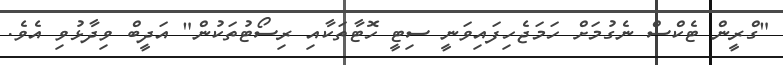
"ގްރީން ޓެކްސް ނެގުމަށް ހަމަޖެހިފައިވަނީ ސިޓީ ހޮޓާތަކާއި ރިސޯޓުތަކުން" އަދީބް ވިދާޅުވި އެވެ.